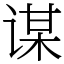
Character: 谋